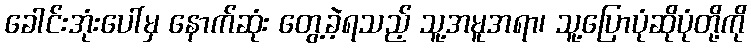
ခေါင်းအုံးပေါ်မှ နောက်ဆုံး တွေ့ခဲ့ရသည့် သူ့အမူအရာ၊ သူ့ပြောပုံဆိုပုံတို့ကို